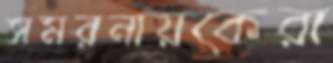
সমরনায়কেরা